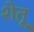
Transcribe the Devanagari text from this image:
शेतू